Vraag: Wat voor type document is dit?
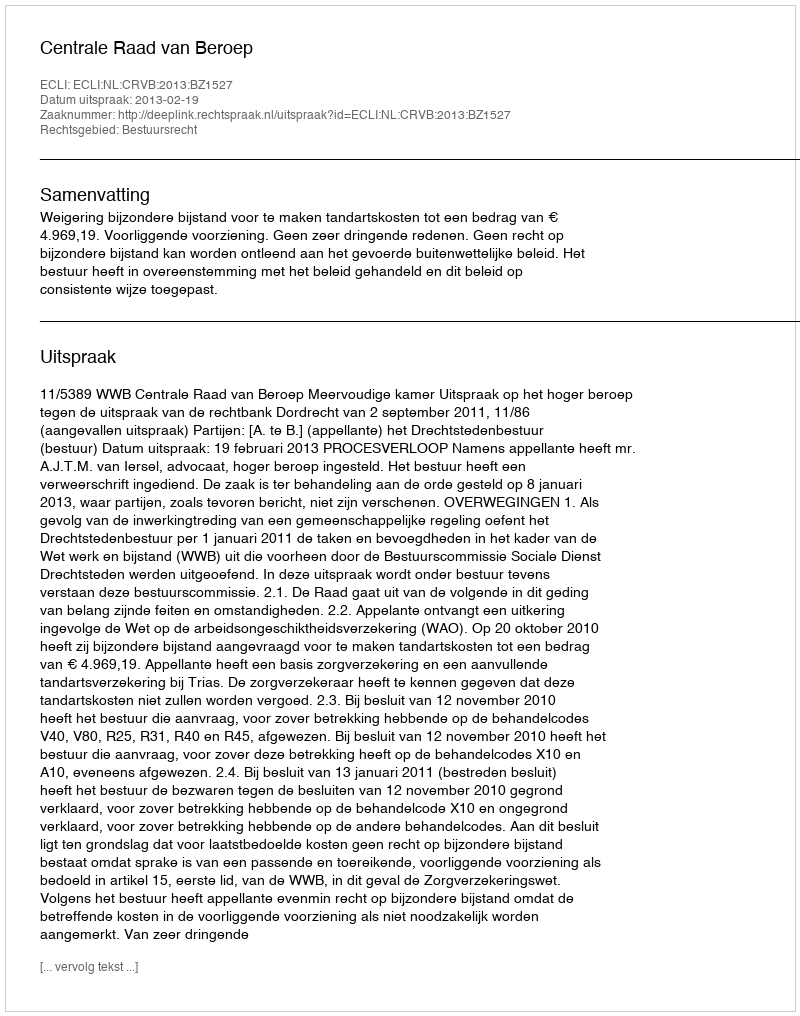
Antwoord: Uitspraak